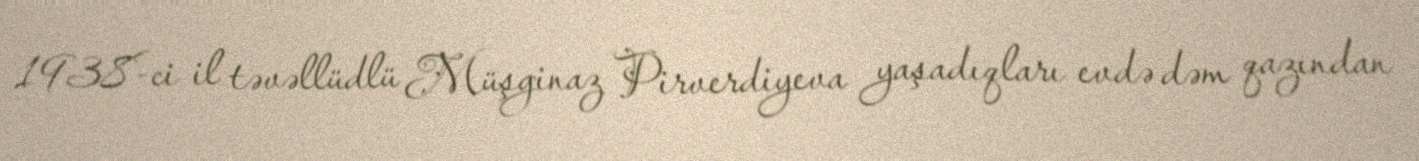
1938-ci il təvəllüdlü Müşginaz Pirverdiyeva yaşadıqları evdə dəm qazından